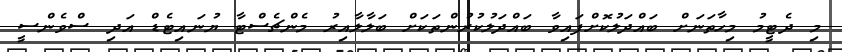
މި ދެޓީމު މިހާތަނަށް ބައްދަލުކޮށްފައިވާ ބައްދަލުކުރުންތަކަށް ބަލާލާއިރު މެންޗެސްޓާ ޔުނައިޓެޑް އަދި ސްވެންސީ